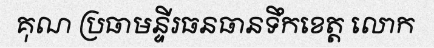
គុណ ប្រធាមន្ទីរធនធានទឹកខេត្ត លោក